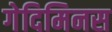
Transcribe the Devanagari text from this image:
गेदिमिनस